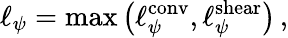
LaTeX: \ell_{\psi}=\operatorname*{max}\left(\ell_{\psi}^{\mathrm{{conv}}},\ell_{\psi}^{\mathrm{{shear}}}\right)\, ,